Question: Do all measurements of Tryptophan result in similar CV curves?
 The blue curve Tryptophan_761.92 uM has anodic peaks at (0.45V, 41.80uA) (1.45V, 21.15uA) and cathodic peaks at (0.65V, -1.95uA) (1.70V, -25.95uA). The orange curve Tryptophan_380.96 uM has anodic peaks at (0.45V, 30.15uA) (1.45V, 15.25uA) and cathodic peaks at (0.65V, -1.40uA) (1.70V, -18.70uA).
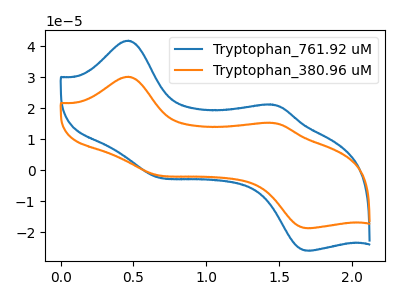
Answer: <think>All the peaks in "Tryptophan_761.92 uM" have a peak in "Tryptophan_380.96 uM" at the same potential. Every peak in "Tryptophan_761.92 uM" is higher than every peak in "Tryptophan_380.96 uM".
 </think>
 <answer>All the CV's of "Tryptophan" have similar shape.</answer>
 <eval>follow_rule</eval>